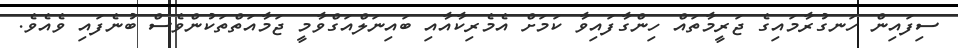
ސިފައިން ހަނގުރާމައިގެ ޖަރީމާތައް ހިންގާފައިވާ ކަމަށް އެމެރިކާއާއި ބައިނަލްއަގްވާމީ ޖަމާއަތްތަކުންވެސް ބުނެފައި ވެއެވެ.